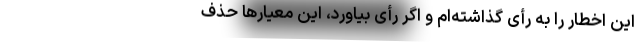
این اخطار را به رأی گذاشته‌ام و اگر رأی بیاورد، این معیار‌ها حذف